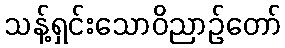
သန့်ရှင်းသောဝိညာဉ်တော်